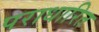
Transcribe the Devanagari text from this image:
पराधारित